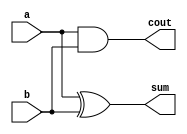
module half_adder(
    input a,
    input b,
    output cout,
    output sum
);

assign cout = a & b;
assign sum = a ^ b;

endmodule